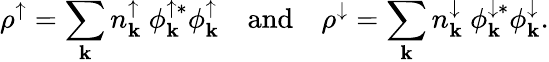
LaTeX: \rho^{\uparrow}=\sum_{\mathbf{k}}{n_{\mathbf{k}}^{\uparrow}\ \phi_{\mathbf{k}}^{\uparrow*}\phi_{\mathbf{k}}^{\uparrow}}\quad\mathrm{{and}}\quad\rho^{\downarrow}=\sum_{\mathbf{k}}{n_{\mathbf{k}}^{\downarrow}\ \phi_{\mathbf{k}}^{\downarrow*}\phi_{\mathbf{k}}^{\downarrow}}.